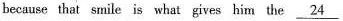
because that smile is what gives him the \underline {24}